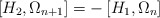
\begin{align*}\left[ H_2,\Omega_{n+1}\right]=-\left[ H_1,\Omega_n\right]\end{align*}